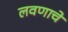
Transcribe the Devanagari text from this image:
लवणाचे